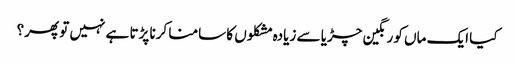
کیا ایک ماں کو رنگین چڑیا سے زیادہ مشکلوں کا سامنا کرنا پڑتا ہے نہیں تو پھر؟